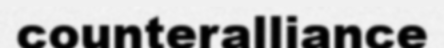
counteralliance